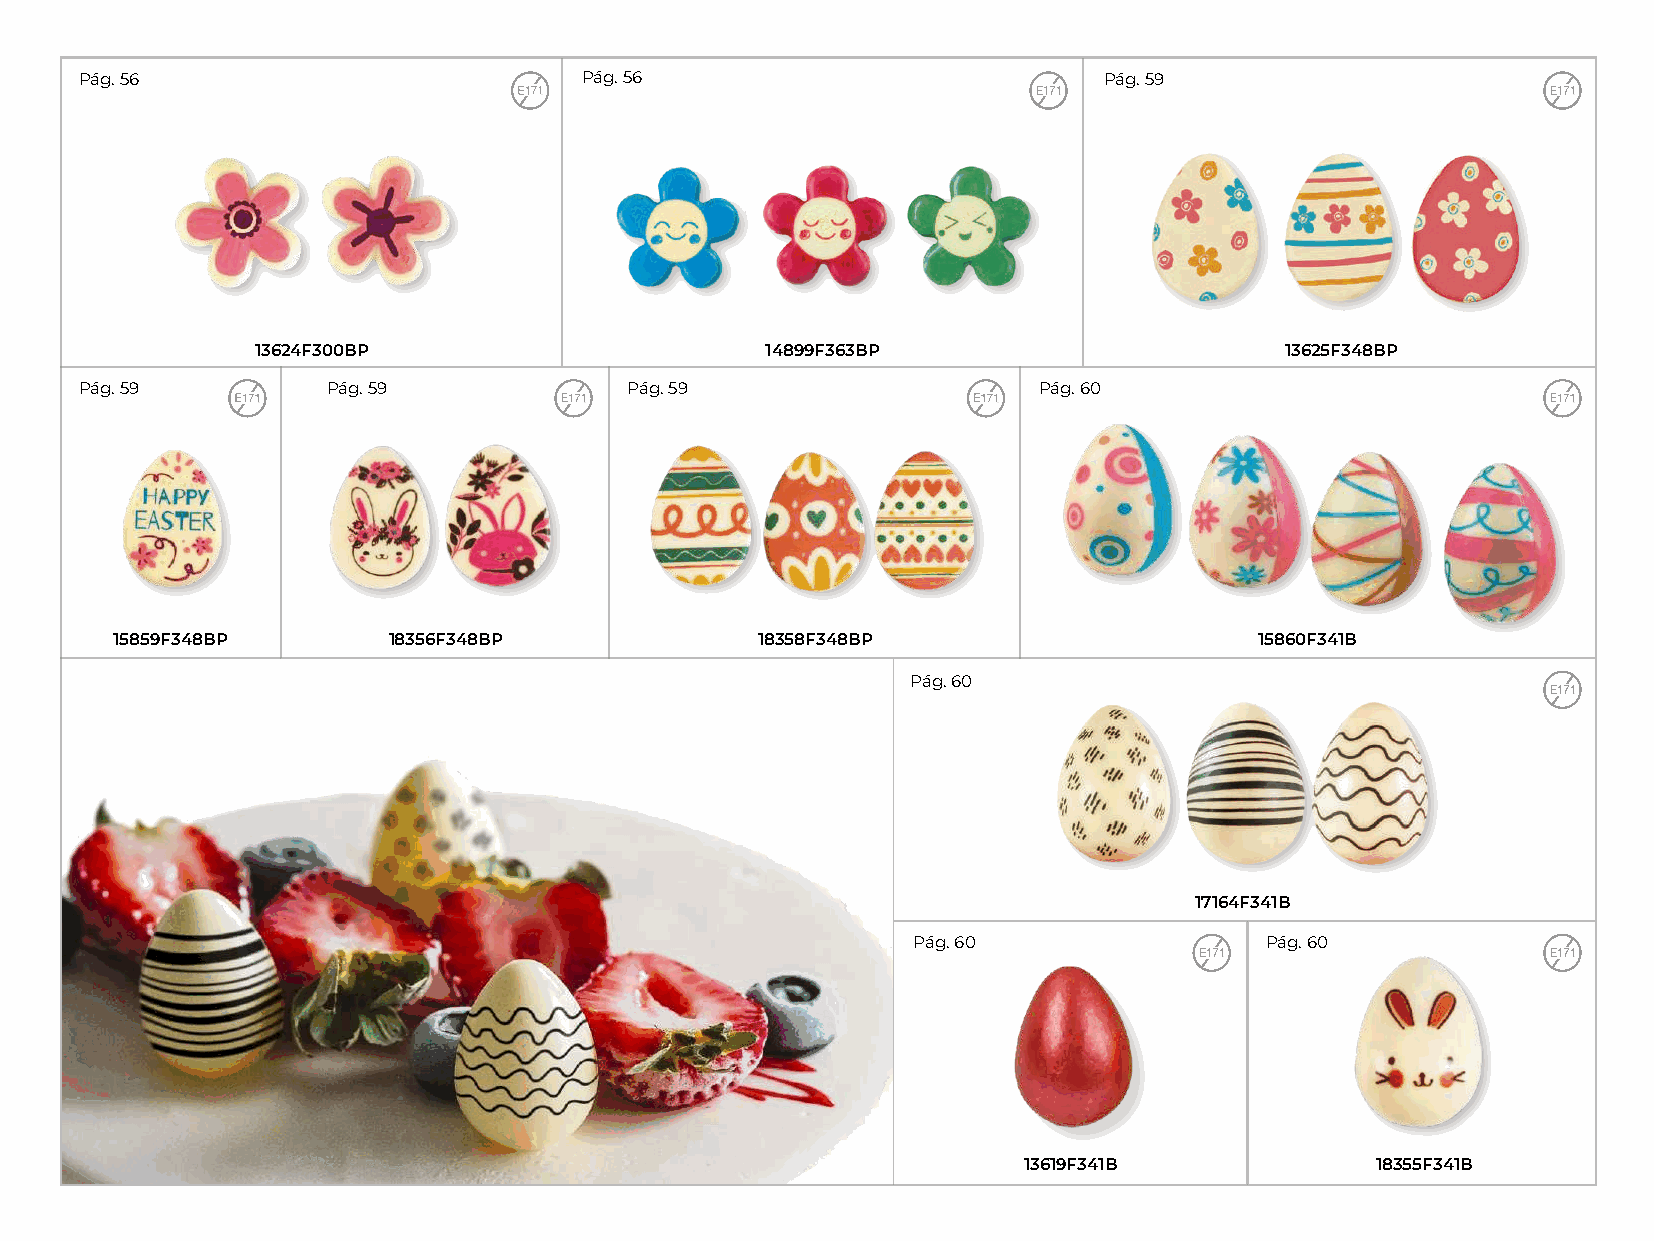
Pág. 56                           Pág. 56                           Pág. 59
 13624F300BP                       14899F363BP                       13625F348BP
 Pág. 59          Pág. 59             Pág. 59                    Pág. 60
 15859F348BP       18356F348BP             18358F348BP                      15860F341B
 Pág. 60
 17164F341B
 Pág. 60                 Pág. 60
 13619F341B             18355F341B